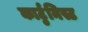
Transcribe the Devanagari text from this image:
कार्टुनिस्ट